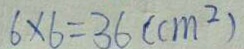
6 \times 6 = 3 6 ( c m ^ { 2 } )